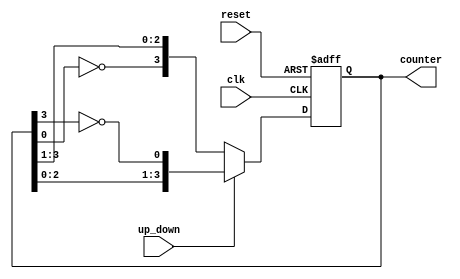
module bidirectional_johnson_counter (
    input wire clk,               // Clock signal
    input wire reset,             // Reset signal
    input wire up_down,           // Up/Down control signal (1 for up, 0 for down)
    output reg [n-1:0] counter    // Counter output (n bits)
);
    parameter n = 4;              // Number of bits in the counter (adjust as needed)

    always @(posedge clk or posedge reset) begin
        if (reset) begin
            counter <= 0;         // Reset the counter to 0
        end else begin
            if (up_down) begin
                // Counting up (shift right)
                counter <= {counter[n-2:0], ~counter[n-1]};
            end else begin
                // Counting down (shift left)
                counter <= {~counter[0], counter[n-1:1]};
            end
        end
    end
endmodule